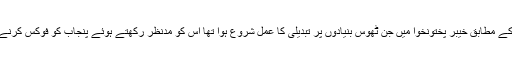
عمران خان کے ویژن کے مطابق خیبر پختونخوا میں جن ٹھوس بنیادوں پر تبدیلی کا عمل شروع ہوا تھا اس کو مدنظر رکھتے ہوئے پنجاب کو فوکس کرنے کی اشد ضرورت ہے۔